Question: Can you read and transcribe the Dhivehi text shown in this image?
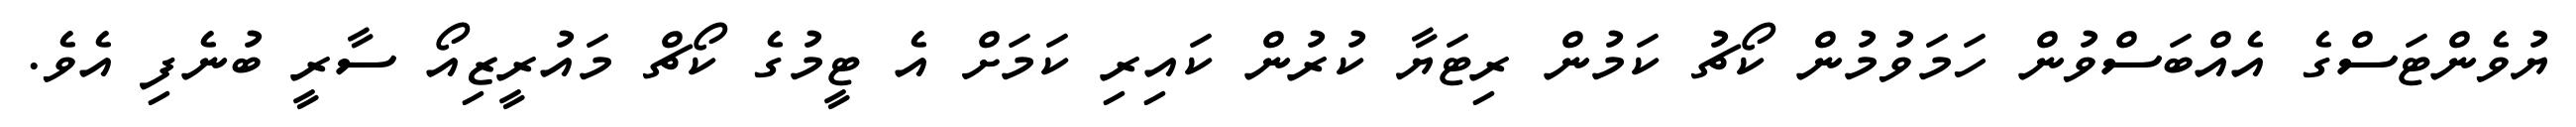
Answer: ޔުވެންޓަސްގެ އެއްބަސްވުން ހަމަވުމުން ކޯޗު ކަމުން ރިޓަޔާ ކުރުން ކައިރި ކަމަށް އެ ޓީމުގެ ކޯޗް މައުރީޒިއޯ ސާރީ ބުނެފި އެވެ.